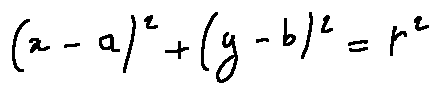
( x - a ) ^ { 2 } + ( y - b ) ^ { 2 } = r ^ { 2 }